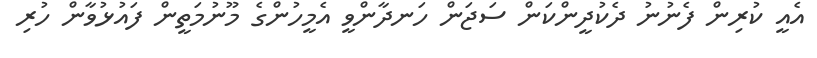
އެއީ ކުރިން ފެނުނު ދެކުދީންކަން ސަޖަން ހަނދާންވީ އެމީހުންގެ މޫނުމަތީން ފައުޅުވާން ހުރި